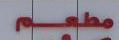
مطعم